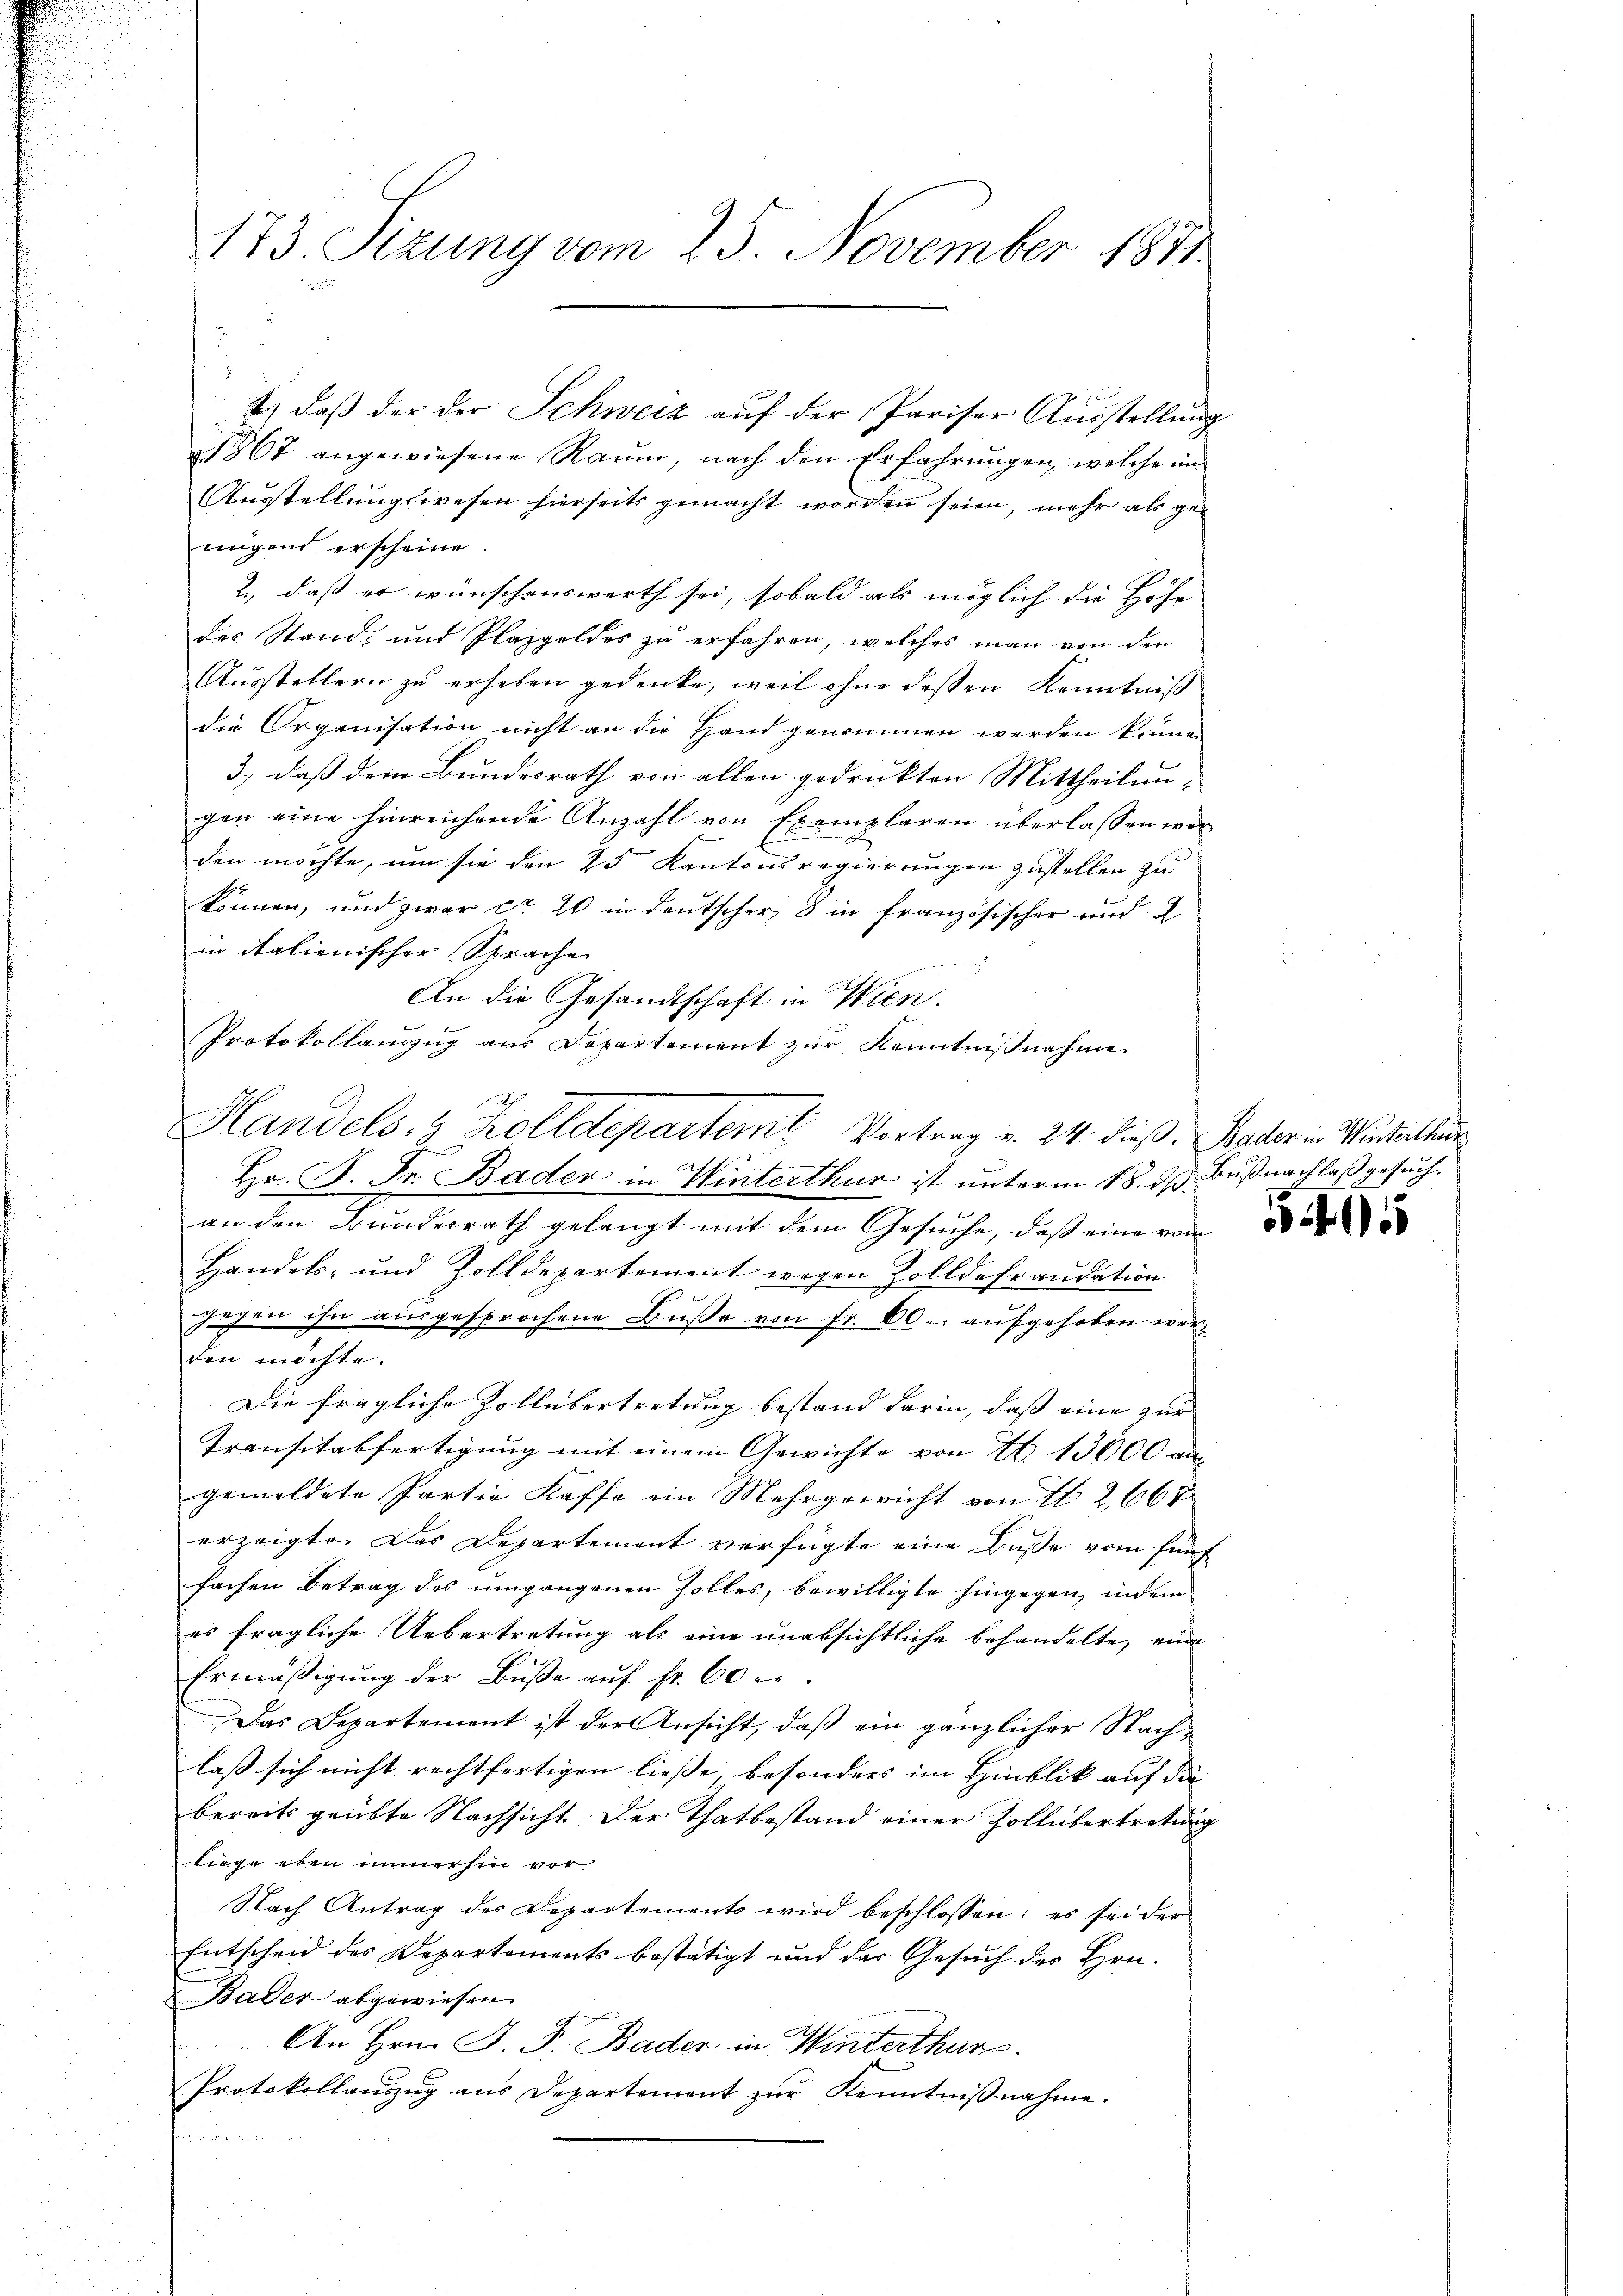
2.) Daß der der Schweiz auf der Pariser Ausstellung
1867 angewiesene Raŭm, nach den Erfahrŭngen, welche im
Ausstellungswesen hierseits gemacht worden seien, mehr als genügend erscheine.
2., daß er wünschenswerth sei, sobald als möglich die Hofe |
des Stand, und Plazgeldes zu erfahren, welches man von den
Ausstellern zu erheben gedenke, weil ohne dessen Kenntniß
die Organisation nicht an die Hand genommen werden könne.
3., daß dem Bundesrath von allen gedruckten Mittheilun-
gen eine hinreichende Anzahl von Exemplaren überlassen werden möchte, um sie den 25 Kantonsregierungen zustellen zu
können, und zwar ca 20 in Deutscher, 8 in französischer und 2.
in italienischer Sprache
An die Gesandtschaft in Wien.
an den Bundesrath gelangt mit dem Gesuche, daß eine vom
Handels- und Zolldepartement wegen Zolldefraudation
hehen ihn ausgesprochene Busse von Fr. 60. aufgehoben werden möchte.
Die fragliche Zollübertretung bestand darin, daß eine zur
Transitabfertigung mit einem Gewichte von 13000 an
gemeldete Partia Kaffe ein Mehrgewicht von I 2662
erzeigte. Das Departement verfügte eine Buße vom fünf
fachen Betrag des umgangenen Zolles, bewilligte hingegen, indem
es fragliche Uebertretung als eine unabsichtliche behandelte, eine
Ermäβigŭng der Bŭβe aŭf fr. 60
Das Departement ist der Ansicht, daß ein gänzlicher Nachlaß sich nicht rechtfertigen liesse, besonders im Hinblik auf die
bereits geübte Nachsicht. Der Thatbestand einer Zollübertretung
liege eben immerhin vor
Nach Antrag des Departements wird beschlossen: es sei der
Entscheid des Departements bestätigt und das Gesuch der Hrn.
Bader abgewiesen.
An Hrn. J. F. Bader in Winterthur.
Protokollaŭszŭg aŭs Departement zŭr Kenntniβnahme.

173. Sizung vom 25. November 1841

Protokollauszug aus Departement zur Kenntnißnahme
Handels- & Zolldepartemt Vortrag v. 24. dieß. Bader in Winterthur

Hr. P. Fr. Baden in Winterthur ist unterm 18. d. Bußnachlaß gesuch¬

54